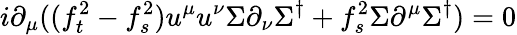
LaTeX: i\partial_{\mu}((f_{t}^{2}-f_{s}^{2})u^{\mu}u^{\nu}\Sigma\partial_{\nu}\Sigma^{\dagger}+f_{s}^{2}\Sigma\partial^{\mu}\Sigma^{\dagger})=0